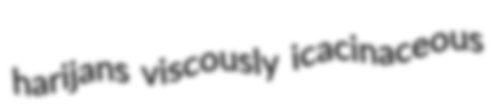
harijans viscously icacinaceous